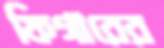
ফিগারের